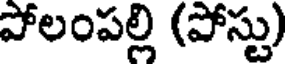
పోలంపల్లి (పోస్టు)